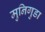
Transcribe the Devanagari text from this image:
मुनिगुडा